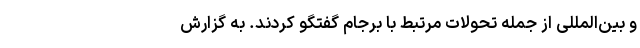
و بین‌المللی از جمله تحولات مرتبط با برجام گفتگو کردند. به گزارش